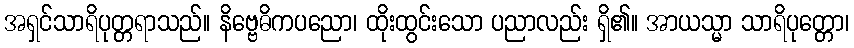
အရှင်သာရိပုတ္တရာသည်။ နိဗ္ဗေဓိကပညော၊ ထိုးထွင်းသော ပညာလည်း ရှိ၏။ အာယသ္မာ သာရိပုတ္တော၊